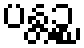
ပန္တဉ္စ